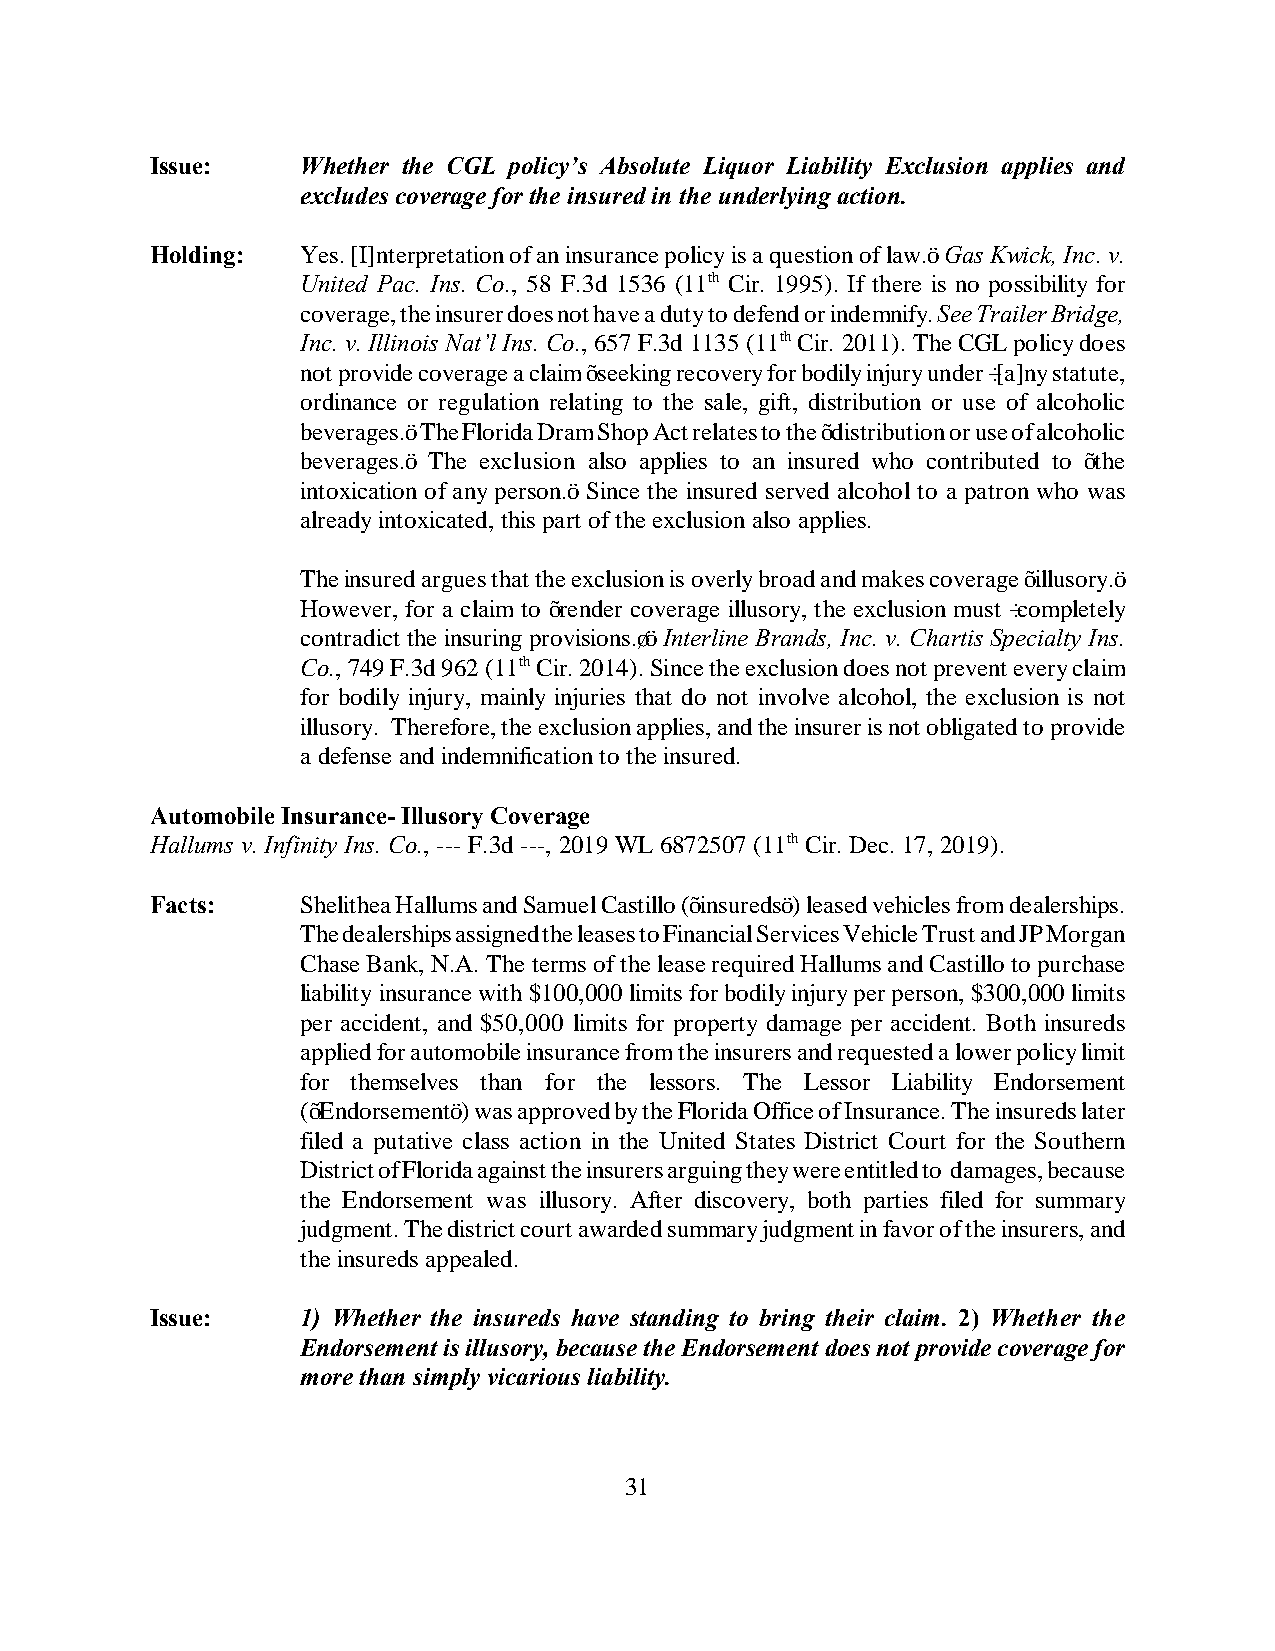
Issue:    Whether the CGL policy’s Absolute Liquor Liability Exclusion applies and
 excludes coverage for the insured in the underlying action.
 Holding:  Yes. [I]nterpretation of an insurance policy is a question of law.” Gas Kwick, Inc. v.
 United Pac. Ins. Co., 58 F.3d 1536 (11th Cir. 1995). If there is no possibility for
 coverage, the insurer does not have a duty to defend or indemnify. See Trailer Bridge,
 Inc. v. Illinois Nat’l Ins. Co., 657 F.3d 1135 (11th Cir. 2011). The CGL policy does
 not provide coverage a claim “seeking recovery for bodily injury under ‘[a]ny statute,
 ordinance or regulation relating to the sale, gift, distribution or use of alcoholic
 beverages.” The Florida Dram Shop Act relates to the “distribution or use of alcoholic
 beverages.” The exclusion also applies to an insured who contributed to “the
 intoxication of any person.” Since the insured served alcohol to a patron who was
 already intoxicated, this part of the exclusion also applies.
 The insured argues that the exclusion is overly broad and makes coverage “illusory.”
 However, for a claim to “render coverage illusory, the exclusion must ‘completely
 contradict the insuring provisions.’” Interline Brands, Inc. v. Chartis Specialty Ins.
 Co., 749 F.3d 962 (11th Cir. 2014). Since the exclusion does not prevent every claim
 for bodily injury, mainly injuries that do not involve alcohol, the exclusion is not
 illusory. Therefore, the exclusion applies, and the insurer is not obligated to provide
 a defense and indemnification to the insured.
 Automobile Insurance- Illusory Coverage
 Hallums v. Infinity Ins. Co., --- F.3d ---, 2019 WL 6872507 (11th Cir. Dec. 17, 2019).
 Facts:    Shelithea Hallums and Samuel Castillo (“insureds”) leased vehicles from dealerships.
 The dealerships assigned the leases to Financial Services Vehicle Trust and JP Morgan
 Chase Bank, N.A. The terms of the lease required Hallums and Castillo to purchase
 liability insurance with $100,000 limits for bodily injury per person, $300,000 limits
 per accident, and $50,000 limits for property damage per accident. Both insureds
 applied for automobile insurance from the insurers and requested a lower policy limit
 for themselves than for the lessors. The Lessor Liability Endorsement
 (“Endorsement”) was approved by the Florida Office of Insurance. The insureds later
 filed a putative class action in the United States District Court for the Southern
 District of Florida against the insurers arguing they were entitled to damages, because
 the Endorsement was illusory. After discovery, both parties filed for summary
 judgment. The district court awarded summary judgment in favor of the insurers, and
 the insureds appealed.
 Issue:    1) Whether the insureds have standing to bring their claim. 2) Whether the
 Endorsement is illusory, because the Endorsement does not provide coverage for
 more than simply vicarious liability.
 31